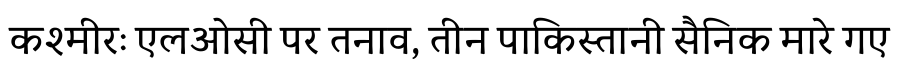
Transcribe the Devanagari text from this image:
कश्मीरः एलओसी पर तनाव, तीन पाकिस्तानी सैनिक मारे गए